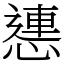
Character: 㦁